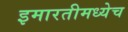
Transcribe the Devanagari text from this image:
इमारतीमध्येच